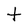
Character: t